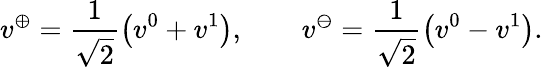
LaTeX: v^{\oplus}=\frac{1}{\sqrt{2}}\left(v^{0}+v^{1}\right),\qquad v^{\ominus}=\frac{1}{\sqrt{2}}\left(v^{0}-v^{1}\right).